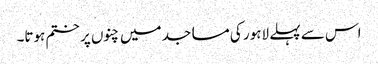
اس سے پہلے لاہور کی مساجد میں چنوں پر ختم ہوتا۔